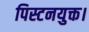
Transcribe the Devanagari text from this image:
पिस्टनयुक्त।